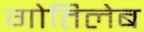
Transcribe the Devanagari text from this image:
गोतिलेब